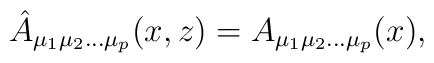
\hat A_{\mu_{1}\mu_{2}\ldots\mu_{p}}(x,z)=A_{\mu_{1}\mu_{2}\ldots\mu_{p}}(x),